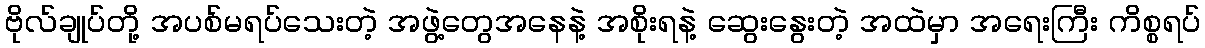
ဗိုလ်ချုပ်တို့ အပစ်မရပ်သေးတဲ့ အဖွဲ့တွေအနေနဲ့ အစိုးရနဲ့ ဆွေးနွေးတဲ့ အထဲမှာ အရေးကြီး ကိစ္စရပ်